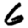
Digit: 6